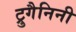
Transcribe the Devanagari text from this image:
ट्रुगैनिनी